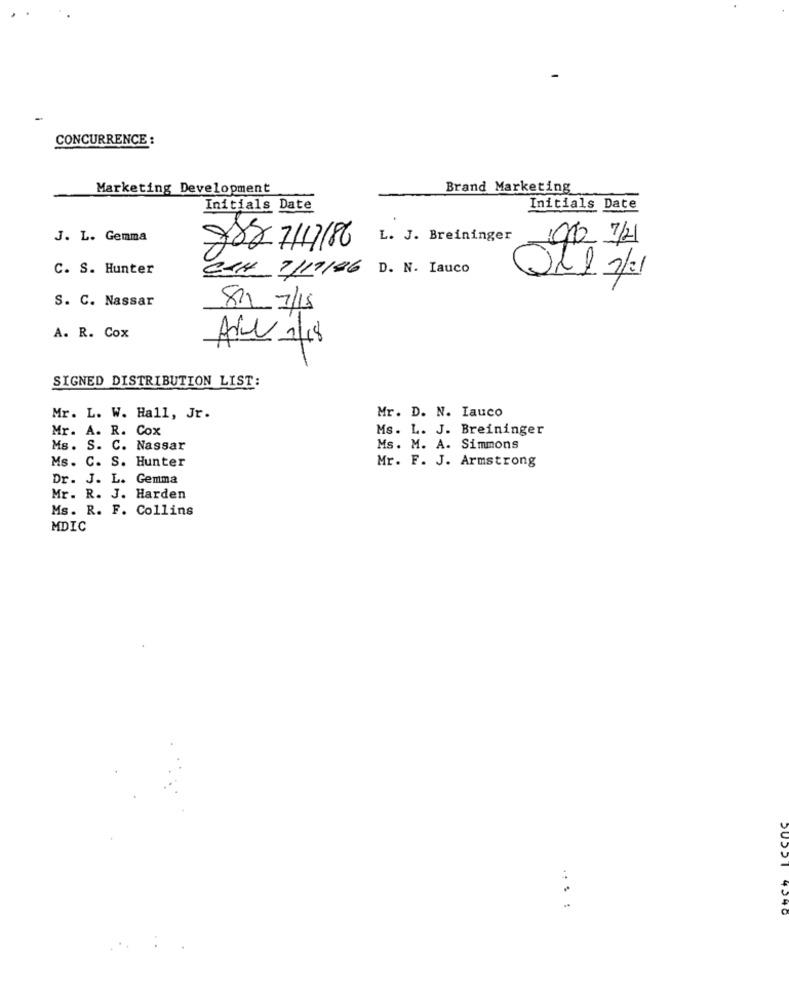
CONCURRENCE :
Marketing Development
Brand Marketing
Initials Date
Initials Date
J. L. Gemma
L. J. Breininger
010 7/21
988 7117186
C. S. Hunter
CTH 7/19/86 D. N. Iauco
S. C. Nassar
SIL 7/15
A. R. Cox
SIGNED DISTRIBUTION LIST:
Mr. L. W. Hall, Jr.
Mr. D. N. Iauco
Mr. A. R. Cox
Ms. L. J. Breininger
Ms. S. C. Nassar
Ms. M. A. Simmons
Ms. C. S. Hunter
Mr. F. J. Armstrong
Dr. J. L. Gemma
Mr. R. J. Harden
Ms. R. F. Collins
MDIC
.. . :